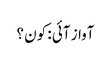
آواز آئی : کون ؟